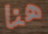
هنا